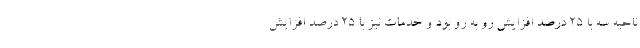
ناحیه سه با ۲۵ درصد افزایش رو به رو بود و خدمات نیز با ۲۵ درصد افزایش